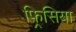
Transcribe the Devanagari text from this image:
फ़्रिसिया